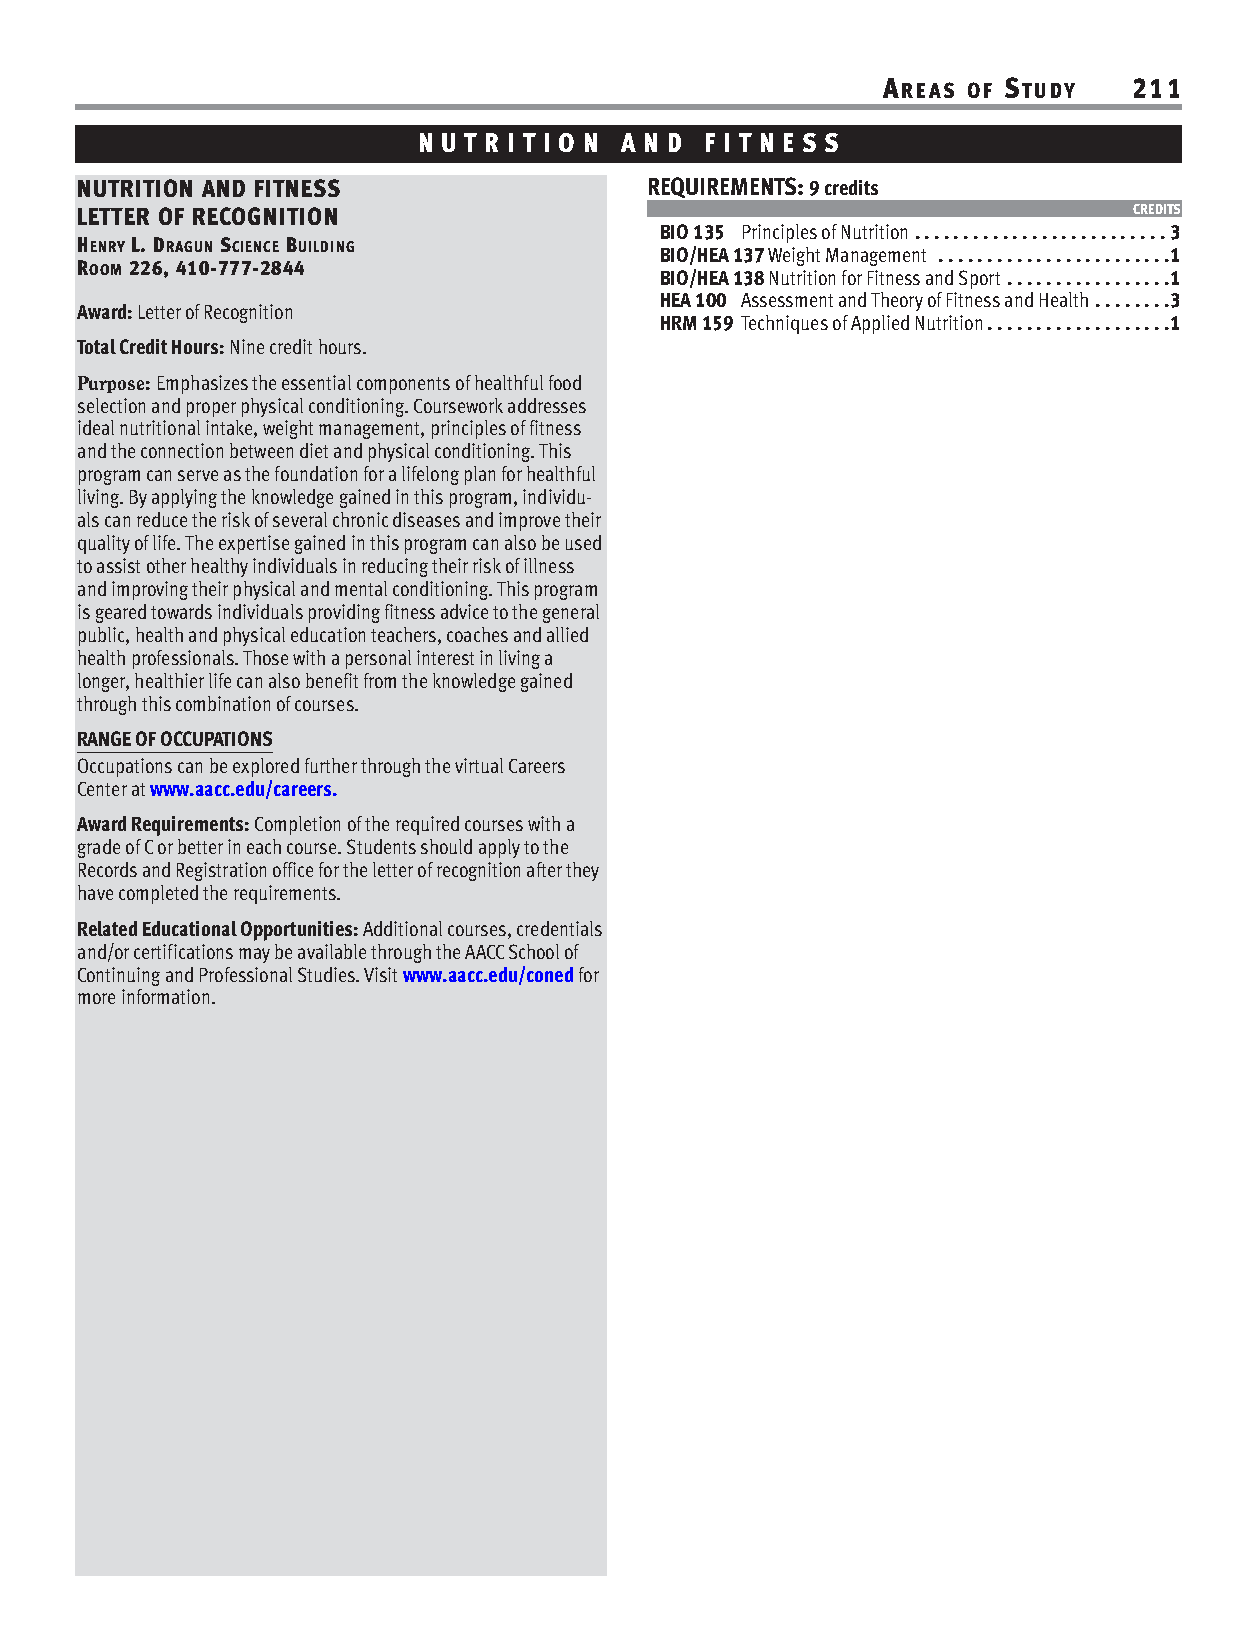
AREAS OF STUDY   211
 N U T R I T I O N A N D F I T N E S S
 NUTRITION AND FITNESS                 REQUIREMENTS: 9 credits
 LETTER OF RECOGNITION                                                 CREDITS
 BIO 135 Principles of Nutrition. . . . . . . . . . . . . . . . . . . . . . . . . . 3
 HENRY L. DRAGUN SCIENCE BUILDING
 BIO/HEA 137 Weight Management . . . . . . . . . . . . . . . . . . . . . . . .1
 ROOM 226, 410-777-2844
 BIO/HEA 138 Nutrition for Fitness and Sport . . . . . . . . . . . . . . . . .1
 HEA 100 Assessment and Theory of Fitness and Health . . . . . . . .3
 Award: Letter of Recognition
 HRM 159 Techniques of Applied Nutrition . . . . . . . . . . . . . . . . . . .1
 Total Credit Hours: Nine credit hours.
 Purpose: Emphasizes the essential components of healthful food
 selection and proper physical conditioning. Coursework addresses
 ideal nutritional intake, weight management, principles of fitness
 and the connection between diet and physical conditioning. This
 program can serve as the foundation for a lifelong plan for healthful
 living. By applying the knowledge gained in this program, individu-
 als can reduce the risk of several chronic diseases and improve their
 quality of life. The expertise gained in this program can also be used
 to assist other healthy individuals in reducing their risk of illness
 and improving their physical and mental conditioning. This program
 is geared towards individuals providing fitness advice to the general
 public, health and physical education teachers, coaches and allied
 health professionals. Those with a personal interest in living a
 longer, healthier life can also benefit from the knowledge gained
 through this combination of courses.
 RANGE OF OCCUPATIONS
 Occupations can be explored further through the virtual Careers
 Center at www.aacc.edu/careers.
 Award Requirements: Completion of the required courses with a
 grade of C or better in each course. Students should apply to the
 Records and Registration office for the letter of recognition after they
 have completed the requirements.
 Related Educational Opportunities: Additional courses, credentials
 and/or certifications may be available through the AACC School of
 Continuing and Professional Studies. Visit www.aacc.edu/conedfor
 more information.